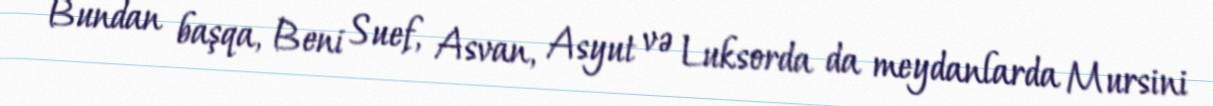
Bundan başqa, Beni Suef, Asvan, Asyut və Luksorda da meydanlarda Mursini